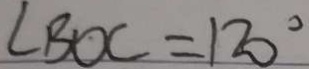
\angle B O C = 1 2 0 ^ { \circ }